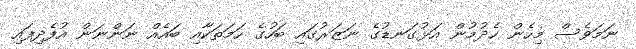
ނަމަވެސް މިހެން ހެދުމުން އަޅުގަނޑުގެ ނަޒަރުގައި ބަހުގެ ހަމަތަކާއި ބައެއް ނަންނަން އުފެދިފައި